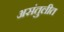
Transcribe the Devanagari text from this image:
असंतुलीत